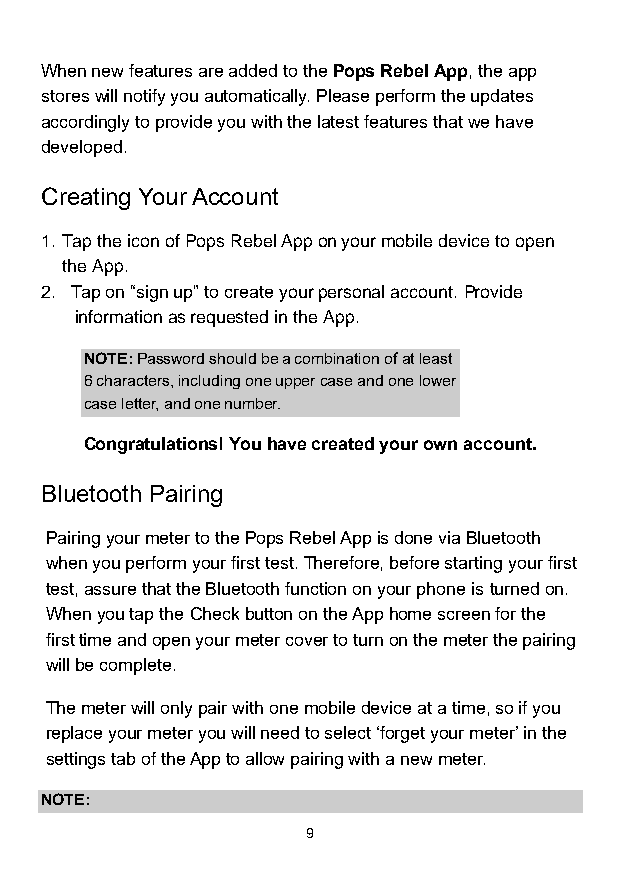
When new features are added to the Pops Rebel App, the app
 stores will notify you automatically. Please perform the updates
 accordingly to provide you with the latest features that we have
 developed.
 Creating Your Account
 1. Tap the icon of Pops Rebel App on your mobile device to open
 the App.
 2. Tap on “sign up” to create your personal account. Provide
 information as requested in the App.
 NOTE: Password should be a combination of at least
 6 characters, including one upper case and one lower
 case letter, and one number.
 Congratulations! You have created your own account.
 Bluetooth Pairing
 Pairing your meter to the Pops Rebel App is done via Bluetooth
 when you perform your first test. Therefore, before starting your first
 test, assure that the Bluetooth function on your phone is turned on.
 When you tap the Check button on the App home screen for the
 first time and open your meter cover to turn on the meter the pairing
 will be complete.
 The meter will only pair with one mobile device at a time, so if you
 replace your meter you will need to select ‘forget your meter’ in the
 settings tab of the App to allow pairing with a new meter.
 NOTE:
 9